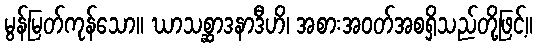
မွန်မြတ်ကုန်သော။ ဃာသစ္ဆာဒနာဒီဟိ၊ အစားအဝတ်အစရှိသည်တို့ဖြင့်။